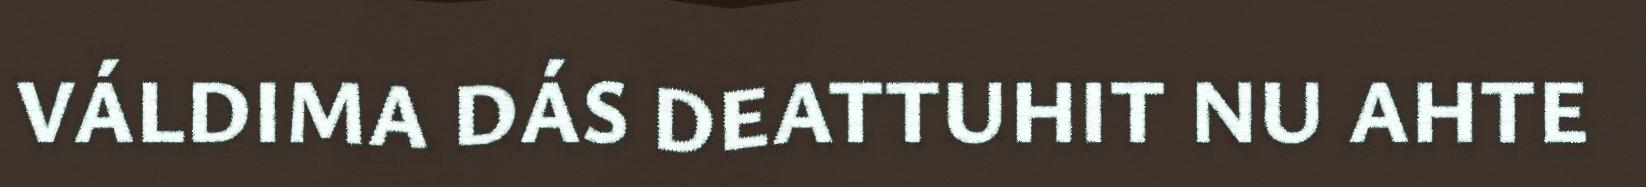
VÁLDIMA DÁS DEATTUHIT NU AHTE